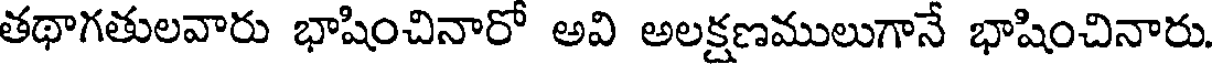
తథాగతులవారు భాషించినారో అవి అలక్షణములుగానే భాషించినారు.